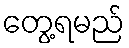
တွေ့ရမည်